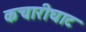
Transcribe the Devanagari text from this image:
कचारीघाट